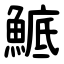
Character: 鯳